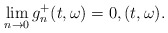
\begin{align*}\lim_{n\rightarrow 0} g_{n}^{+}(t,\omega) = 0 , (t,\omega).\end{align*}